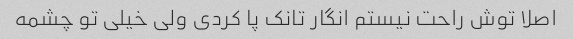
اصلا توش راحت نیستم انگار تانک پا کردی ولی خیلی تو چشمه